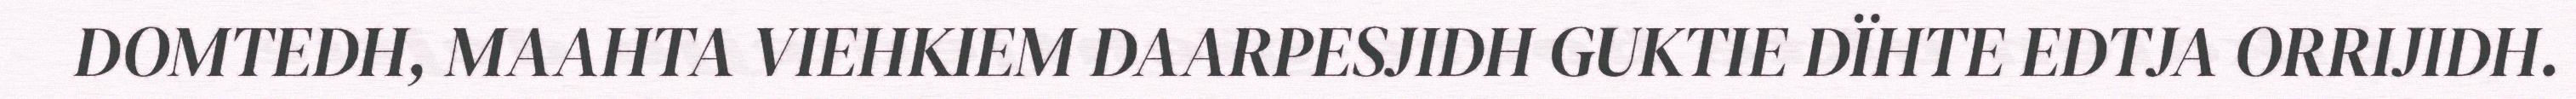
DOMTEDH, MAAHTA VIEHKIEM DAARPESJIDH GUKTIE DÏHTE EDTJA ORRIJIDH.